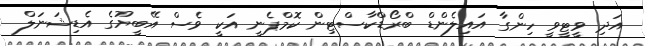
އަދި ވީޓީވީ ހިންގާ އައިލެންޑް ބްރޯޑްކާސްޓިން ކޮމްޕެނީ އަކީ ވެސް އޭބީޔޫގެ އެޑިޝަނަލް